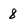
Character: 8